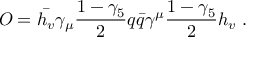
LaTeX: O = \bar { h _ { v } } \gamma _ { \mu } { \frac { 1 - \gamma _ { 5 } } { 2 } } q \bar { q } \gamma ^ { \mu } { \frac { 1 - \gamma _ { 5 } } { 2 } } h _ { v } \; .